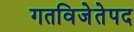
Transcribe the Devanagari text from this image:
गतविजेतेपद